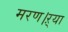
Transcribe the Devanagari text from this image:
मरण।ऱ्या